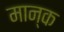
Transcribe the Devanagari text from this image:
मान्क